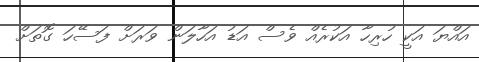
އައްޔަ އަކީ ހުރިހާ އަކުރެއް ވެސް އަޑު އަހާލަން ވަރަށް ފަސޭހަ ގޮތަށް